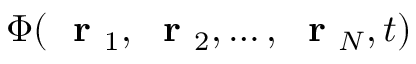
\Phi ( \mathrm { ~ \bf ~ r ~ } _ { 1 } , \mathrm { ~ \bf ~ r ~ } _ { 2 } , \dots , \mathrm { ~ \bf ~ r ~ } _ { N } , t )